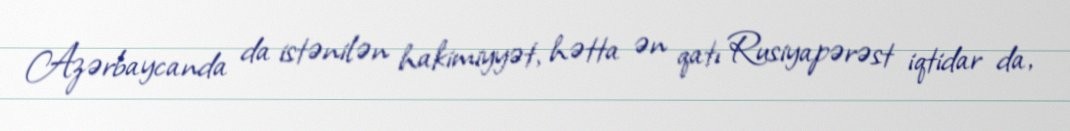
Azərbaycanda da istənilən hakimiyyət, hətta ən qatı Rusiyapərəst iqtidar da,